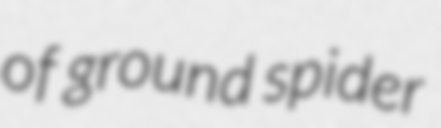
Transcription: of ground spider